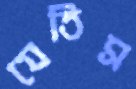
যেতিস